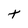
Character: t